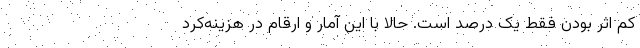
کم اثر بودن فقط یک درصد است. حالا با این آمار و ارقام در هزینه‌کرد